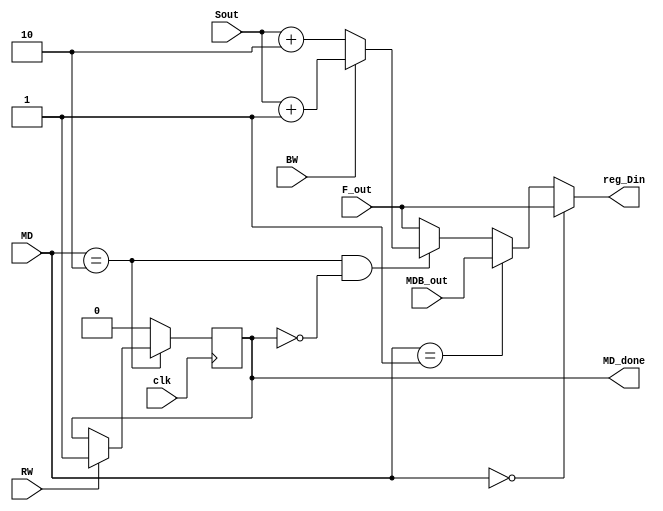
module mux_din
  (input         clk,
   input [1:0]   MD,
   input [15:0]  MDB_out,
   input [15:0]  F_out,
   input [15:0]  Sout,
   input         BW,
   input         RW,
   output reg    MD_done,
   output [15:0] reg_Din);

   // assign reg_Din = (MD == 2'h0)        ? F_out    :
   //                  (MD == 2'h1)        ? MDB_out  :
   //                  BW && (MD == 2'h2)  ? Sout + 1 : 
   //                  ~BW && (MD == 2'h2) ? Sout + 2 : 16'bx;

   wire [15:0]   Sout_adjusted = (BW) ? Sout + 1 : Sout + 2;
   
   assign reg_Din = (MD == 2'h0) ? F_out :
                    (MD == 2'h1) ? MDB_out :
                    ((MD == 2'h2) && ~MD_done) ? Sout_adjusted : F_out;
   
   initial MD_done <= 0;

   always @ (posedge clk)
     begin
        if (MD == 2'h2)
          MD_done <= (RW) ? 1 : MD_done;
        else
          MD_done <= 0;
     end  
   

endmodule